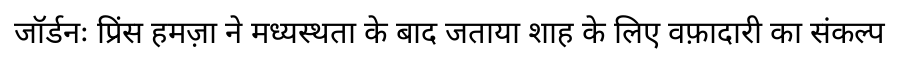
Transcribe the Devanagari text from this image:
जॉर्डनः प्रिंस हमज़ा ने मध्यस्थता के बाद जताया शाह के लिए वफ़ादारी का संकल्प